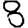
Digit: 8